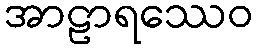
အာဠာရဿေဝ